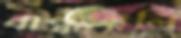
বান্ধায়লি